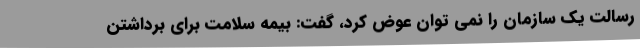
رسالت یک سازمان را نمی توان عوض کرد، گفت: بیمه سلامت برای برداشتن